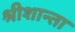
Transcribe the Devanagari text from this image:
श्रीशान्ता